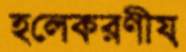
হলেকরণীয়